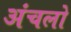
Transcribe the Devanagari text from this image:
अंचलो